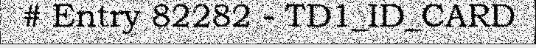
# Entry 82282 - TD1_ID_CARD